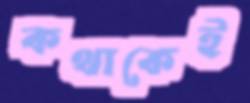
কথাকেই